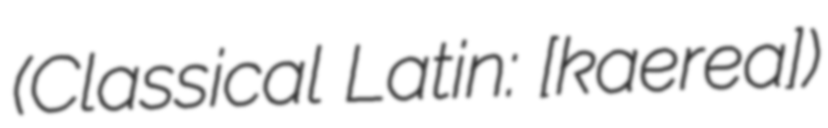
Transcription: (Classical Latin: [ˈkʰae̯rea])